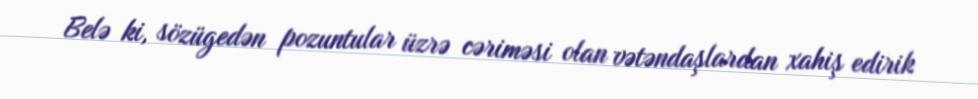
Belə ki, sözügedən pozuntular üzrə cəriməsi olan vətəndaşlardan xahiş edirik